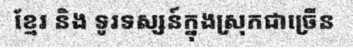
ខ្មែរ និង ទូរទស្សន៍ក្នុងស្រុកជាច្រើន